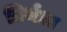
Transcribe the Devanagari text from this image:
तिर्थला